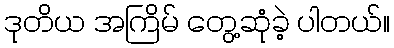
ဒုတိယ အကြိမ် တွေ့ဆုံခဲ့ ပါတယ်။